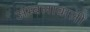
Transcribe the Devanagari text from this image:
अम्बलावाली